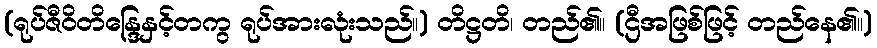
(ရုပ်ဇီဝိတိန္ဒြေနှင့်တကွ ရုပ်အားလုံးသည်။) တိဋ္ဌတိ၊ တည်၏။ (ဌီအဖြစ်ဖြင့် တည်နေ၏။)